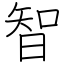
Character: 智